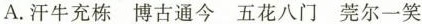
A.汗牛充栋 博古通今 五花八门 莞尔一笑